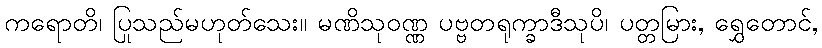
ကရောတိ၊ ပြုသည်မဟုတ်သေး။ မဏိသုဝဏ္ဏ ပဗ္ဗတရုက္ခာဒီသုပိ၊ ပတ္တမြား, ရွှေတောင်,